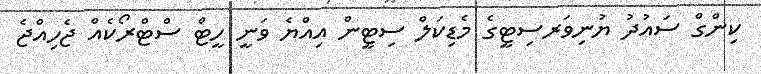
ކިންގް ސައުދު ޔުނިވަރސިޓީގެ މެޑިކަލް ސިޓީން އިއްޔެ ވަނީ ހީޓް ސްޓްރޯކެއް ޖެހިއްޖެ